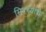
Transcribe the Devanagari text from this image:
मिरच्यांचे